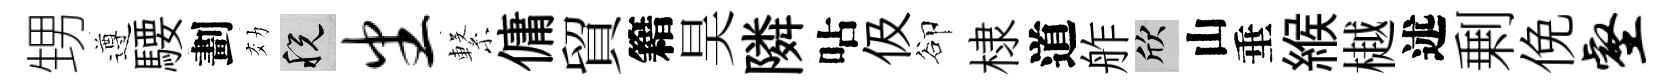
甥遵騕劃効税番繋傭貿籍昊隣呫伋卻棣道舴欣山垂緱樾述剰俛壑